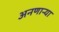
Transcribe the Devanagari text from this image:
अनणाऱ्या